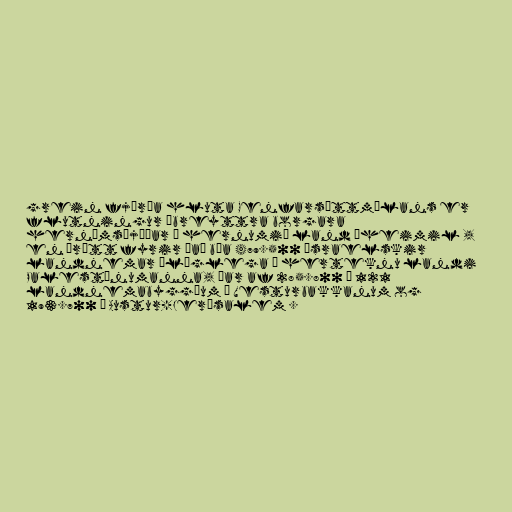
grein fjórða hluta Genfarsáttmálans er
flutningur óbreyttra borgara
hernámsþjóðar á hernumið land óheimil ,
en þrátt fyrir það búa 479.500 ísraelskir
landnemar ólöglega á herteknu landi
Palestínumanna, þar af 285.800 í 121
landnemabyggðum á Vesturbakkanum og
193.700 í Austur-Jerúsalem .